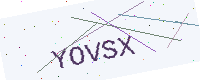
Text: YOVSX